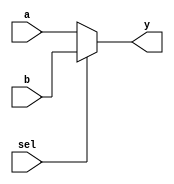
module mux2to1 (
    input wire a,      // Input a
    input wire b,      // Input b
    input wire sel,    // Select signal
    output reg y       // Output y
);

// Combinational logic for 2-to-1 multiplexer
always @(*) begin
    y = (sel) ? b : a; // If sel is 1, output b; otherwise output a
end

endmodule